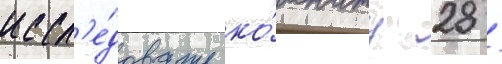
иссл'е́довать ко́мнату 28 /